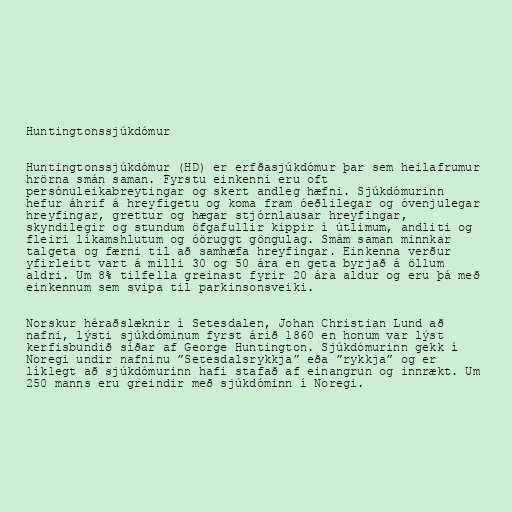
Huntingtonssjúkdómur

Huntingtonssjúkdómur (HD) er erfðasjúkdómur þar sem heilafrumur
hrörna smán saman. Fyrstu einkenni eru oft
persónuleikabreytingar og skert andleg hæfni. Sjúkdómurinn
hefur áhrif á hreyfigetu og koma fram óeðlilegar og óvenjulegar
hreyfingar, grettur og hægar stjórnlausar hreyfingar,
skyndilegir og stundum öfgafullir kippir í útlimum, andliti og
fleiri líkamshlutum og óöruggt göngulag. Smám saman minnkar
talgeta og færni til að samhæfa hreyfingar. Einkenna verður
yfirleitt vart á milli 30 og 50 ára en geta byrjað á öllum
aldri. Um 8% tilfella greinast fyrir 20 ára aldur og eru þá með
einkennum sem svipa til parkinsonsveiki.

Norskur héraðslæknir í Setesdalen, Johan Christian Lund að
nafni, lýsti sjúkdóminum fyrst árið 1860 en honum var lýst
kerfisbundið síðar af George Huntington. Sjúkdómurinn gekk í
Noregi undir nafninu ”Setesdalsrykkja” eða ”rykkja” og er
líklegt að sjúkdómurinn hafi stafað af einangrun og innrækt. Um
250 manns eru greindir með sjúkdóminn í Noregi.